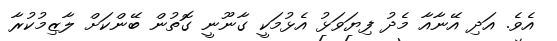
އެވެ. އަދި އޭނާއާ މެދު ފިޔަވަޅު އެޅުމަކީ ގާނޫނީ ގޮތުން ބޭންކަށް ލާޒިމުކުރާ